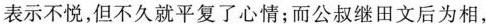
表示不悦，但不久就平复了心情。而公叔继田文后为相，